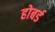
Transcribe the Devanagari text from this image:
होबर्ड